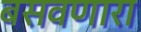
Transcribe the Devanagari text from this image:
बसवणारा